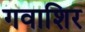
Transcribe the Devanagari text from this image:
गवाशिर